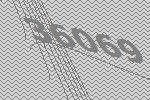
36069